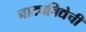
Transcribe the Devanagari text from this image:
नाट्यविद्येची